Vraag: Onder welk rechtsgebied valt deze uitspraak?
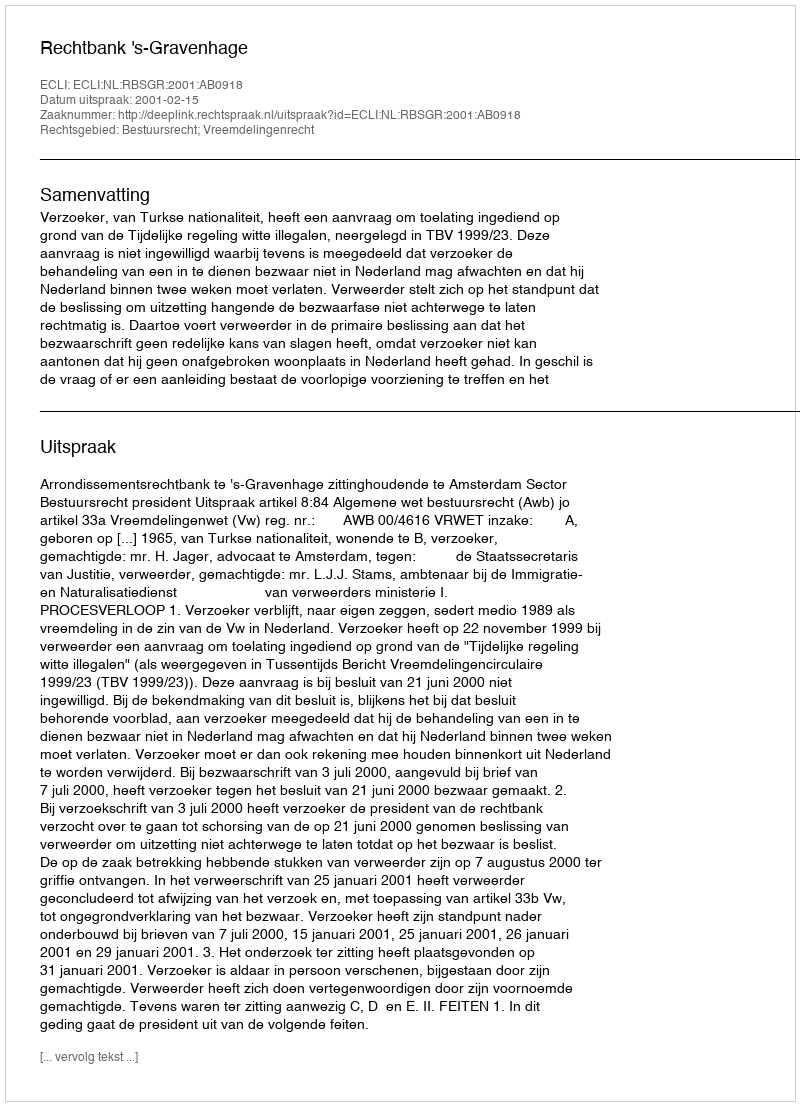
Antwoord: Bestuursrecht; Vreemdelingenrecht